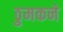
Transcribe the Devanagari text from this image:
ठुमकने